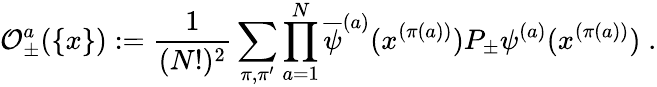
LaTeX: {\cal O}_{\pm}^{a}(\{ x\} ):=\frac{1}{(N!)^{2}}\sum_{\pi,\pi^{\prime}}\prod_{a=1}^{N}\overline{{{\psi}}}^{(a)}(x^{(\pi(a))})P_{\pm}\psi^{(a)}(x^{(\pi(a))})\; .